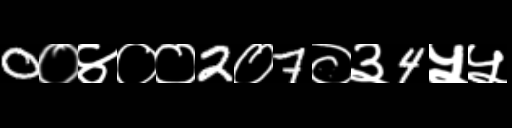
Text: 0०४००2०7०३4५५